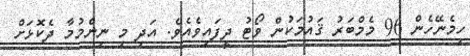
ހިމެނޭހެން 96 މެމްބަރު ޤައުމަކުން ވޯޓު ދީފައިވެއެވެ. އަދި މި ނިންމުމާ ދެކޮޅަށް